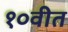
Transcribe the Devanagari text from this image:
१०वीत